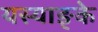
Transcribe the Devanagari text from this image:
यस्याङ्के